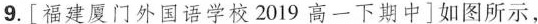
9.[福建厦门外国语学校2019高一下期中]如图所示，